Document type: Sale
Year: 1461
Scribe: [Unknown]
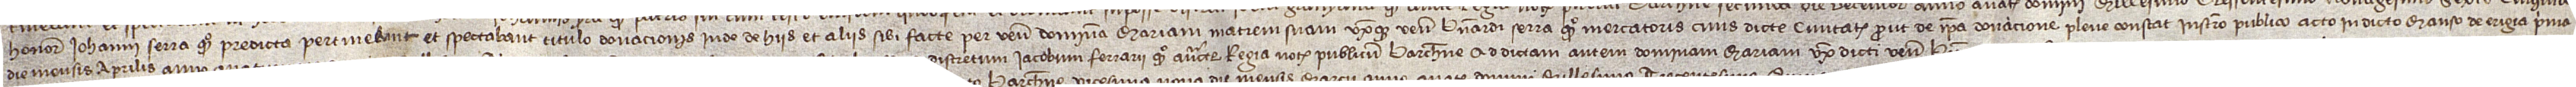
honorabilis Iohanni Serra, quondam, predicta pertinebant et spectabant titulo donacionis inde de hiis et aliis sibi facte per venerabilem dominam Mariam, matrem suam uxoremque venerabilis Bernardi Serra, quondam, mercatoris, civis dicte civitatis, prout de ipsa donacione plene constat instrumento publico acto in dicto manso de Erigia prima